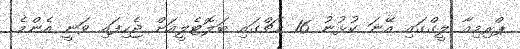
ޕްރިމިއާ ލީގްގައި އޭނަ ކުޅުނު 16 މެޗްގައި ބަލޮޓެލީއަށް ޖެހިފައި ވަނީ އެންމެ